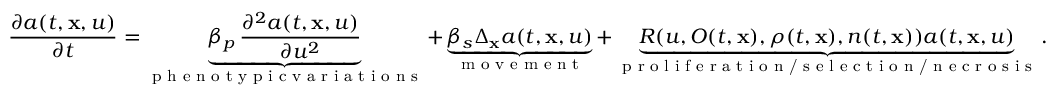
\frac { \partial a ( t , \mathbf { x } , u ) } { \partial t } = \underbrace { \beta _ { p } \, \frac { \partial ^ { 2 } a ( t , \mathbf { x } , u ) } { \partial u ^ { 2 } } } _ { \substack { \textup { p h e n o t y p i c v a r i a t i o n s } } } + \underbrace { \beta _ { s } \Delta _ { \mathbf { x } } a ( t , \mathbf { x } , u ) } _ { \textup { m o v e m e n t } } + \underbrace { R ( u , O ( t , \mathbf { x } ) , \rho ( t , \mathbf { x } ) , n ( t , \mathbf { x } ) ) a ( t , \mathbf { x } , u ) } _ { \textup { p r o l i f e r a t i o n / s e l e c t i o n / n e c r o s i s } } .